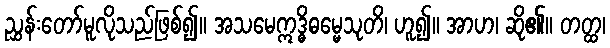
ညွှန်းတော်မူလိုသည်ဖြစ်၍။ အသမေဣဒ္ဓိဓမ္မေသုတိ၊ ဟူ၍။ အာဟ၊ ဆို၏။ တတ္ထ၊